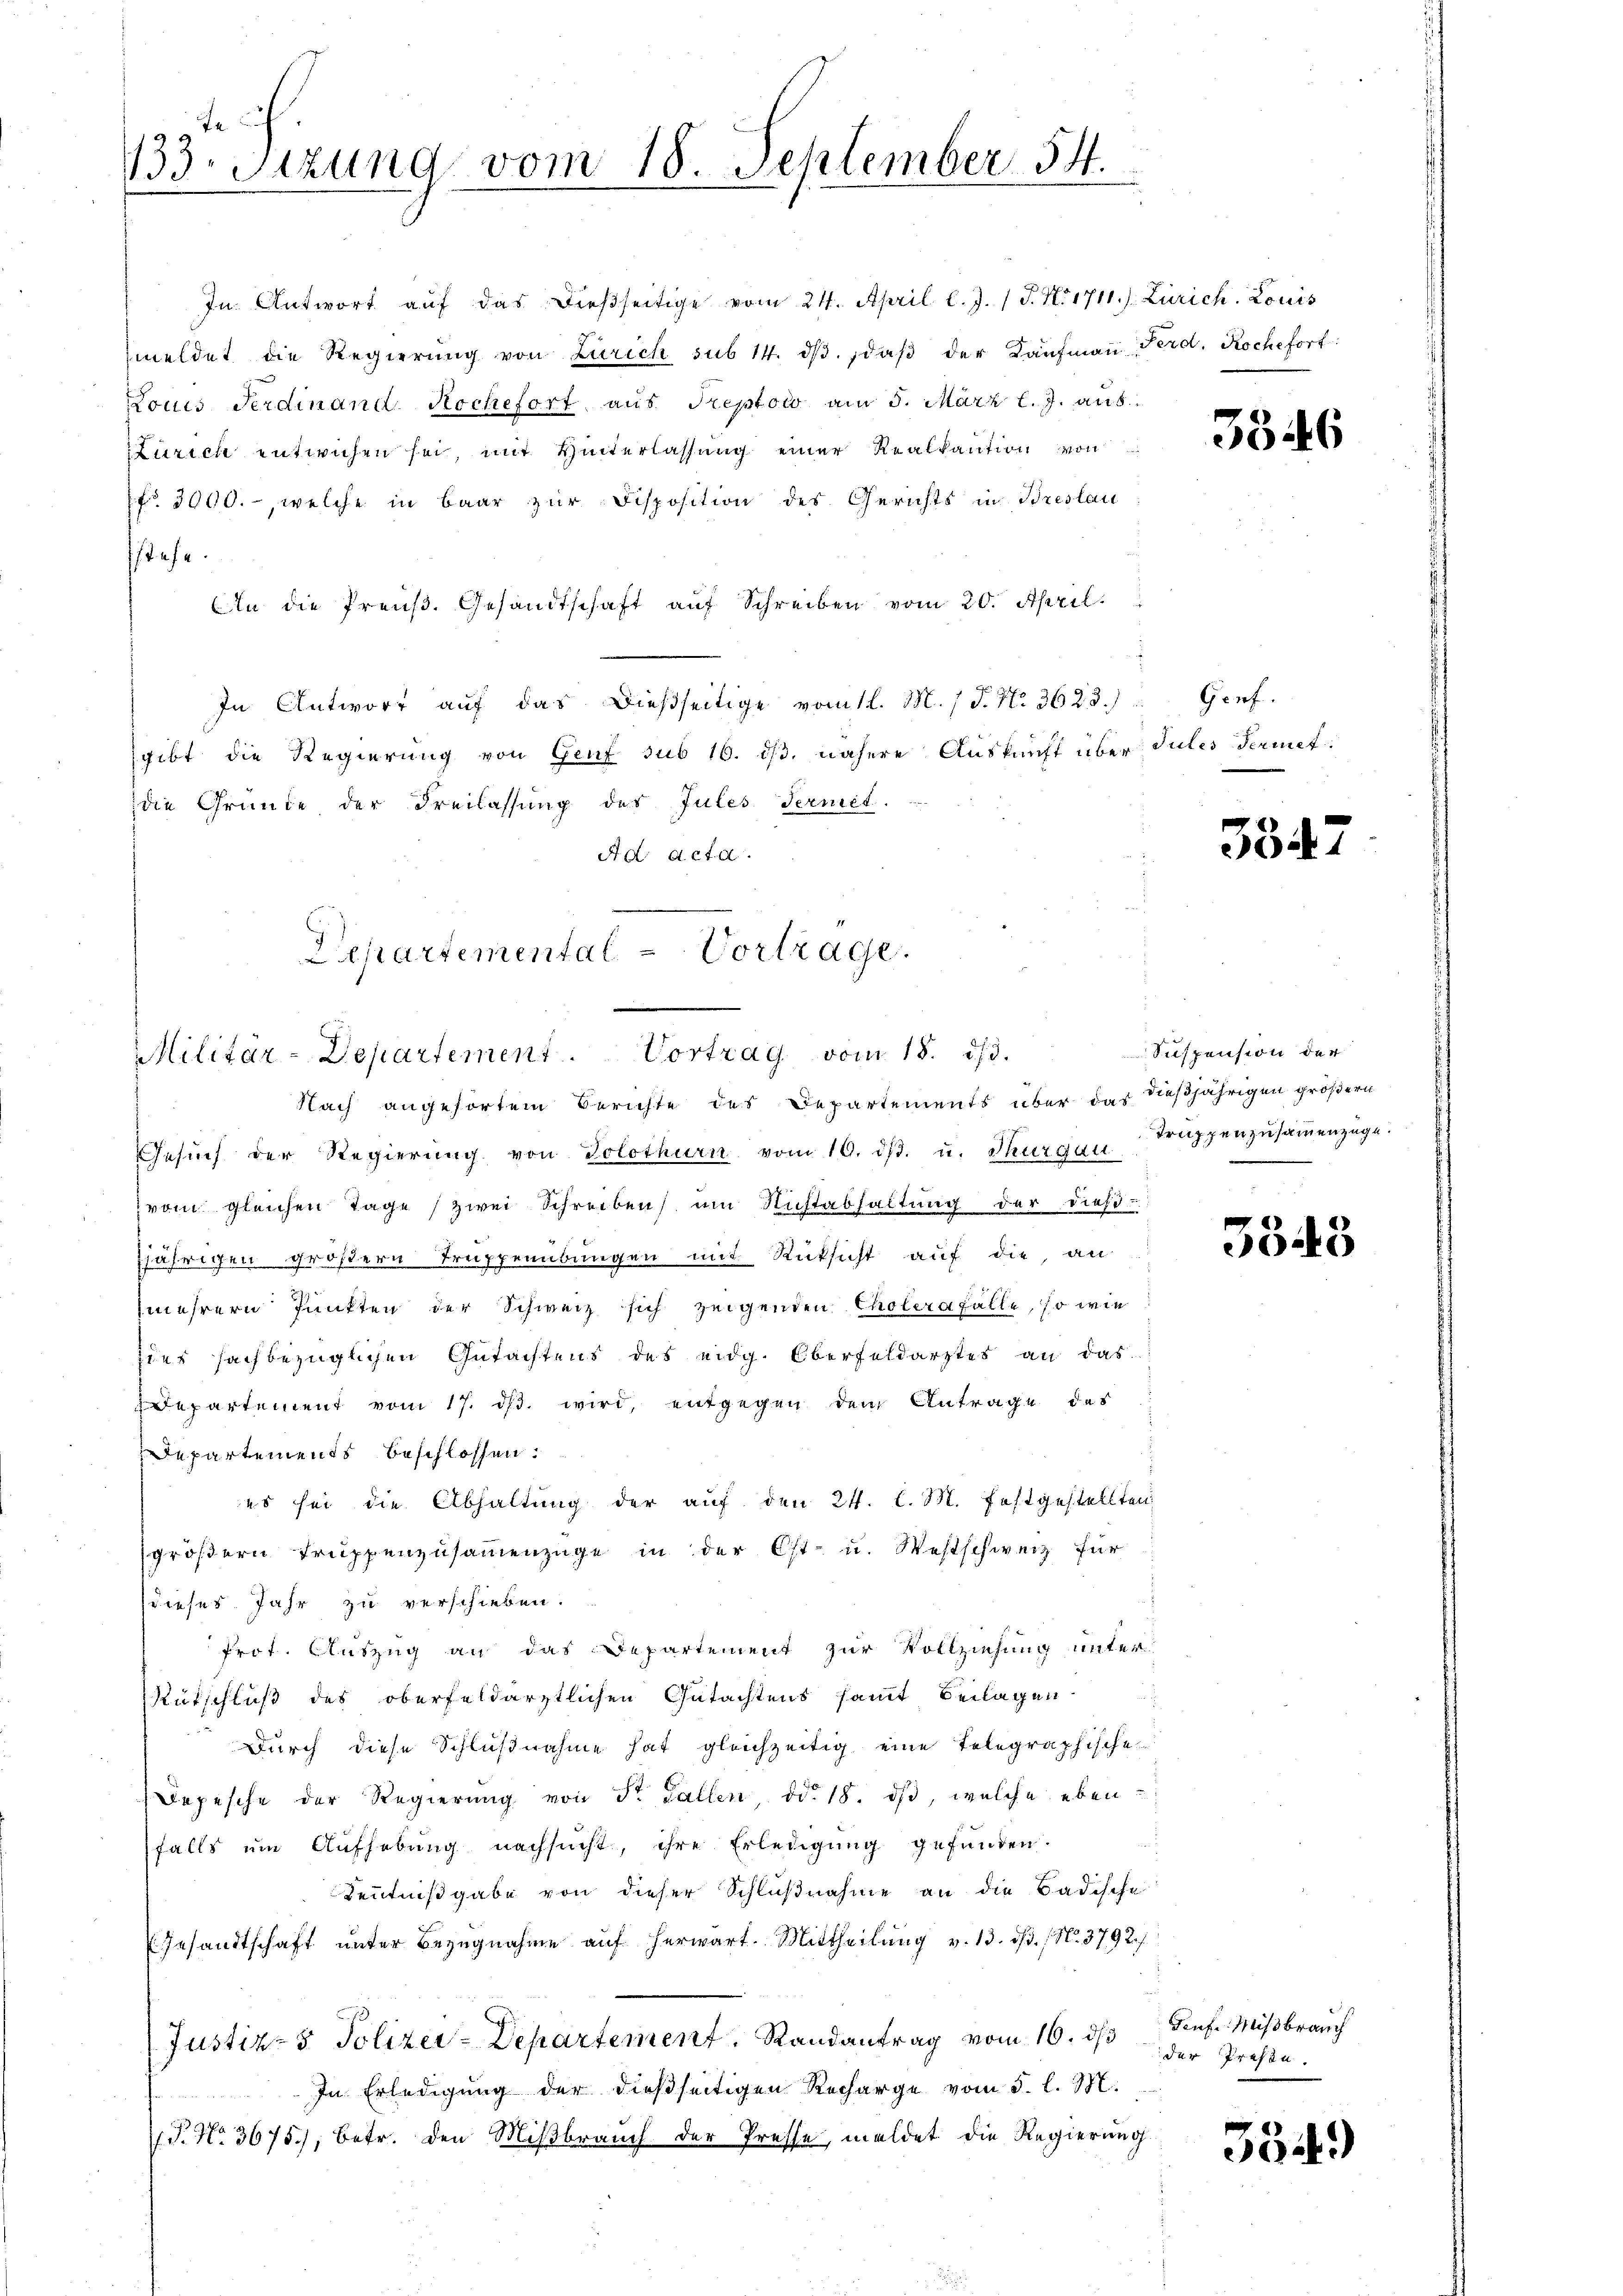
a
133. Sizung vom 18. September 54.

In Antwort aŭf das dieβseitige vom 24. April l. J. J. N. 1711) Zürich. Louis
meldet die Regierŭng von Zürich sub 14. dβ. daβ der Kaŭfmaṅ Ferd. Roche fort:
Louis Ferdinand. Rochefort aus Treptolo am 5. März l. J. aus
Zürich entwichen sei, mit Hinterlassung einer Realkaution von
7fr. 3000.-, welche in Baar zur Disposition des Gerichts in Breslau
stehe.
An die Preŭβ. Gesandtschaft aŭf Schreiben vom 20. April.
In Antwort auf das dießseitige vom 11. M. / J. N. 3623.) " Genf.
gibt die Regierung von Genf sub 16. ds. nähere Auskunft über Sules Fernet
die Gründe, der Freilassung des Jules Termit.
Ad Acta.
Departemental - Vortrage.

Militar-Departement. Vortrag vom 18. ds.

Nach angehörtem Berichte des Departements über das dießjährigen größern
Gesŭch der Regierŭng von Solothurn vom 16. dβ. u. Thurgau Truppenzŭsaṁenzüge.
vom gleichen Tage (zwei Schreiben um Nichtabhaltung der dieß
7jährigen größern Truppenübungen mit Rüksicht auf die, an
mehrern Punkten der Schweiz sich zeigenden Cholerafälle, so wie
ider sachbezüglichen Gutachtens des eidg. Oberfeldarztes an das
Departement vom 17. ds. wird, entgegen dem Antrage des
Departements beschlossen:
es sei die Abhaltung der aŭf den 24. l. M. festgestellten,
größern Truppenzusammenzüge in der Ost- u. Westschweiz für
dieses Jahr zu verschieben.
Prot. Auszug an das Departement zur Vollziehung unter
Rutschluß des oberfeldärztlichen Gutachtens sammt Beilagen
Durch diese Schlußnahme hat gleichzeitig eine Telegraphische
Depesche der Regierŭng von St. Gallen, od. 18. dβ, welche ebenfalls um Aufhebung nachsucht, ihre Erledigung gefunden.
Kenntnißgabe von dieser Schlußnahme an die Badische
Gesandtschaft unter Bezugnahme aŭf herwart. Mittheilŭng v. 13. dβ. (N. 3792/

Justiz- & Polizei-Departement. Randantrag vom 16. ds
In Erledigung der dießseitigen Recharge vom 5. l. M.
T. No. 3675), betr. den Mißbrauch der Presse, meldet die Regierung

3546

3347

Suspension der

.
340

Teufe. Mißbrauch
der Presse.

354.)